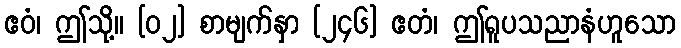
ဧဝံ၊ ဤသို့။ [၀၂] စာမျက်နှာ [၂၄၆] ဧတံ၊ ဤရူပသညာနံဟူသော